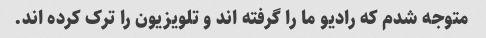
متوجه شدم که رادیو ما را گرفته اند و تلویزیون را ترک کرده اند.